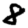
Digit: 8